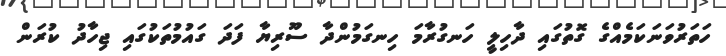
ހަތަރުވަނަކަމެއްގެ ގޮތުގައި ދާހިލީ ހަނގުރާމަ ހިނގަމުންދާ ސޫރިޔާ ފަދަ ގައުމުތަކުގައި ޖިހާދު ކުރަން